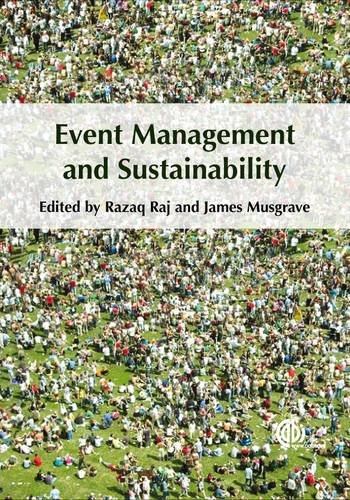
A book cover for Event Management and Sustainability; Travel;